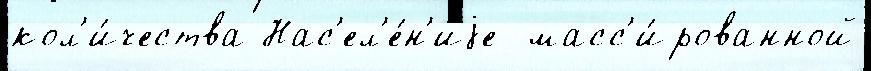
кол'и́чества Нас'ел'е́н'иjе  масс'и́рованной